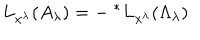
LaTeX: L _ { x ^ { \lambda } } ( A _ { \lambda } ) = - \ ^ { * } L _ { x ^ { \lambda } } ( \Lambda _ { \lambda } )